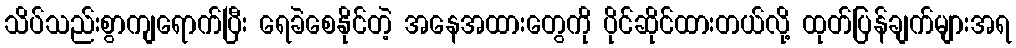
သိပ်သည်းစွာကျရောက်ပြီး ရေခဲစေနိုင်တဲ့ အနေအထားတွေကို ပိုင်ဆိုင်ထားတယ်လို့ ထုတ်ပြန်ချက်များအရ